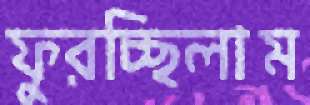
ফুরচ্ছিলাম